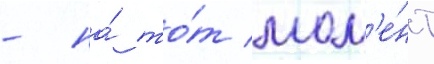
- на́ то́т мом'е́нт